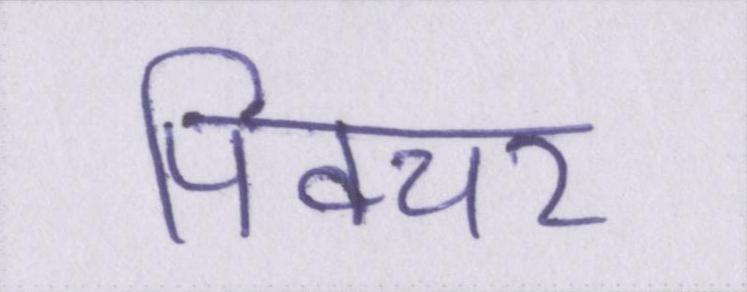
पिक्चर